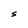
Character: S